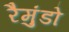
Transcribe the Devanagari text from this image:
रैमुंडो